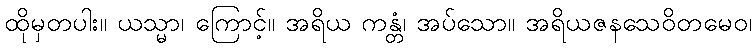
ထိုမှတပါး။ ယသ္မာ၊ ကြောင့်။ အရိယ ကန္တံ၊ အပ်သော။ အရိယဇနသေဝိတမေဝ၊